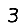
Digit: 3